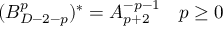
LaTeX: ( B _ { D - 2 - p } ^ { p } ) ^ { * } = A _ { p + 2 } ^ { - p - 1 } \quad p \ge 0